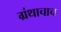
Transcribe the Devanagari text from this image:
ग्रंथाचाच